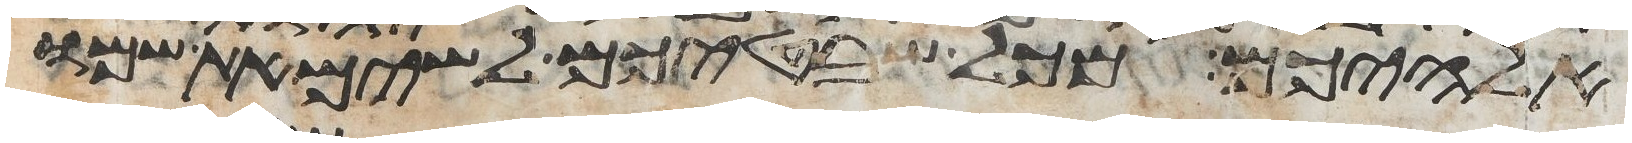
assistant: אלהיכם מכל שבטיכם לשים את שמו